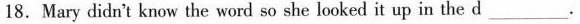
18.Mary didn't know the word so she looked it up in the d ___